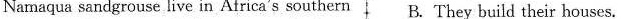
Namaqua sandgrouse live in Africa's southern B. They build their houses.